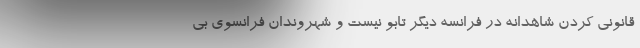
قانونی کردن شاهدانه در فرانسه دیگر تابو نیست و شهروندان فرانسوی بی